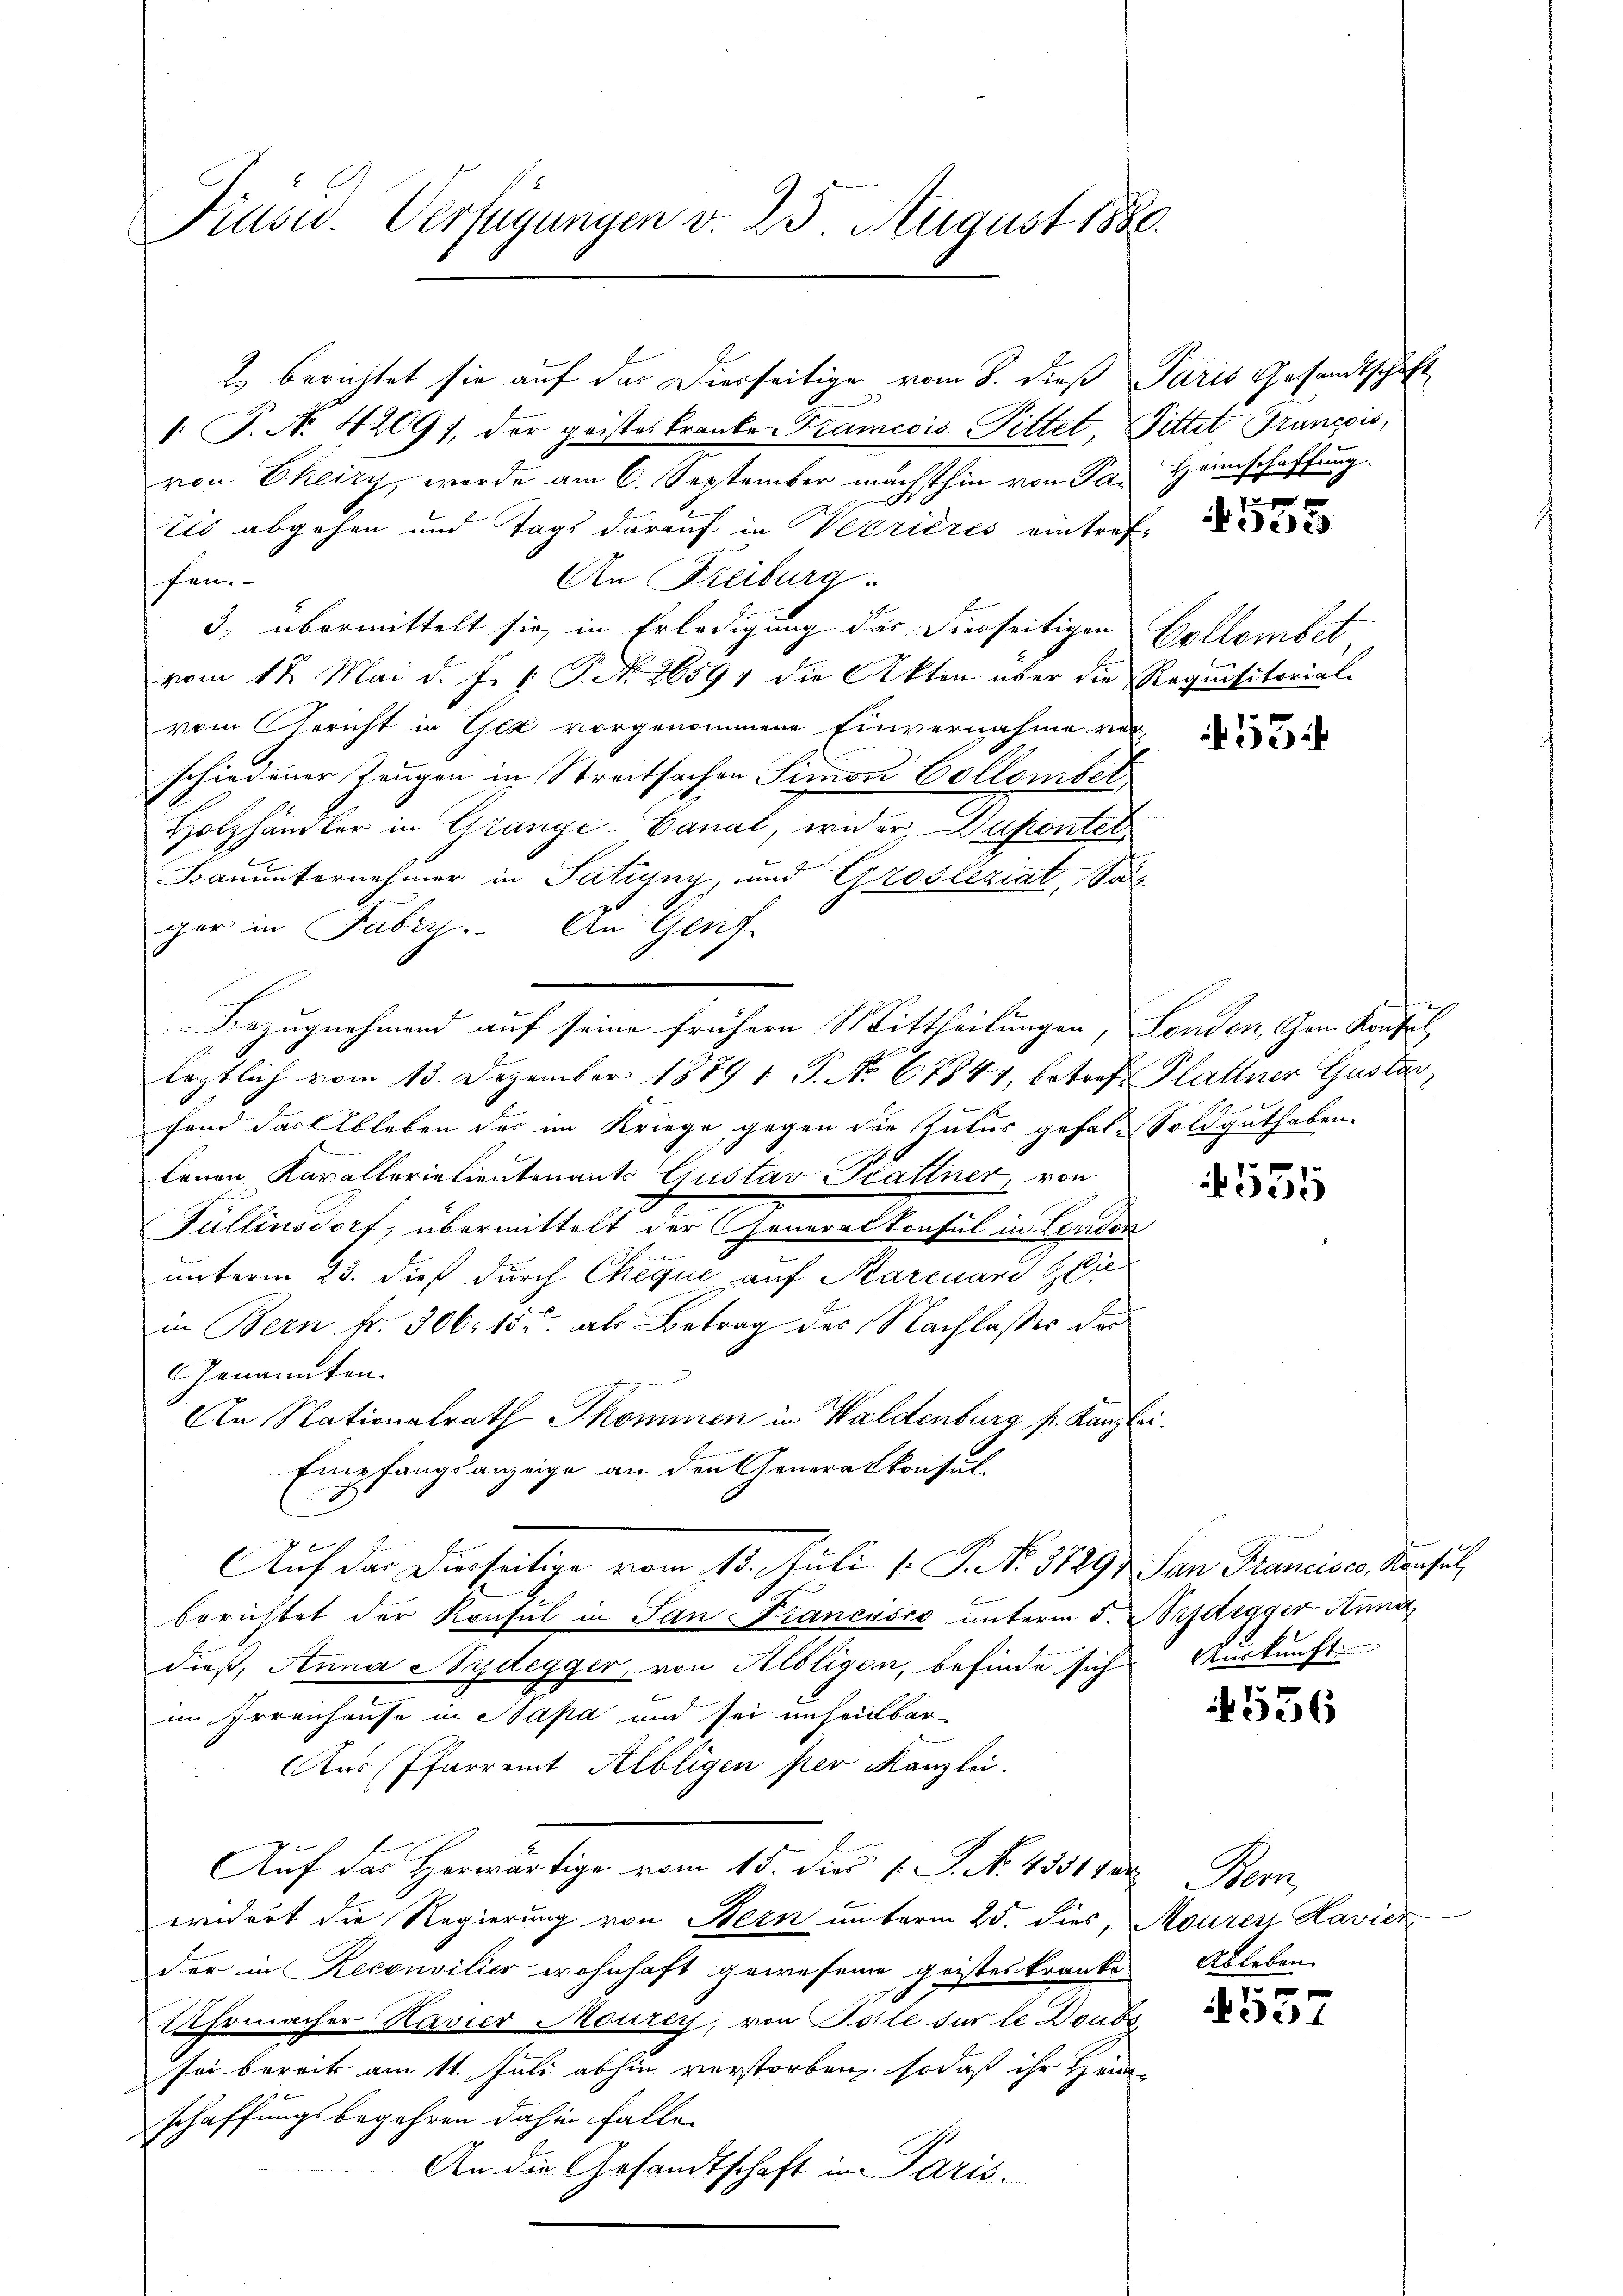
Präsid. Verfügungen v. 25 August 1880

P. N. 42097, der gristes kranke Tramicis Pittet, Pittet Grancois,
von Theizy, werde am 6. September nächsthin von Par Heimschaffung.
tis abgehen und Tags darauf in Verrières eintreffen.
An Freiburg.
3, übermittelt sie in Erledigung des Vierseitigen Collombet,
vom 12. Mai d. J. 1. P. No. 2659, die Akten über die Requisitorial-
vom Gericht in Gez vorgenommene Einvernahme verschiedener Zeugen in Streitsachen Simon Collombel
Holzhändler in Grange-Canal, wider, Dupontel
Bauunternehmer in Patigny, und Grosleziat, Soll
ger in Fabry.. An Genf
Bezugnehmend auf seine frühern Mittheilungen, Landen, Gam Konsul
leztlich vom 13. Dezember 1879 1 S. No 67844, betref Plattner Gustan
fand das Ableben der im Kriege gegen die Zutus gefal-Soldguthaben
lenen Kavallerialientenants Gustav Brattner von
Füllinsdorf, übermittelt der Generalkonsul in London
unterm 23. dieß durch Cheque auf Karcuard Zie
in Bern fr. 306. 155. als Betrag des Nachlasses der
Genannten.
An Nationalrath Skommen in Waldenburg p. Kanzlei.
Empfangsanzeige an den Generalkonsul
Auf das Dierseitige vom 13. Juli [ P. No. 3729) San Francisco, Konsul,
berichtet der Konsul in San Francisco unterm 5. Seidegger Anna
dieß, Anna Sydegger, von Albligen, befinde sich Auskunft
im Irrenhause in Sapa und sei unheinbar
Aus Pfarramt Albligen per Kanzlei.
Auf das Herwärtige vom 15. dies l. J. N. 43317 de
widert die Regierung von Bern unterm 25. dies, Mauren Havier
der in Reconvilier wohnhaft gewesene geisteskranke Ableben
Uhrmacher Kavier Mourey, von Solle für le Doubs
sei bereits am 11. Juli abhin verstorben, sodaß ihr Heim
schaffungsbegehren dahin falle
An die Gesandtschaft in Paris.

2) berichtet sie auf das Dierseitige vom 8. dieß Paris Gesandtschaft

f xx

2

55

.
555

556

on

4537